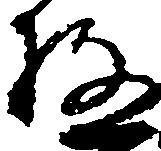
極